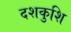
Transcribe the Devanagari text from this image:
दशकुशि